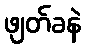
ဖျတ်ခနဲ